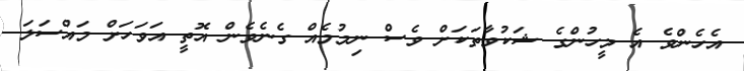
އެހެންވެ އެ މީހުންގެ ޝަކުވާތަކަށް ވެސް ނިމުމެއް ގެނެވެން އޮތީ އަވަހަށް މައްސަލަ